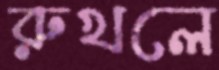
রুখলে